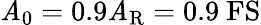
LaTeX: \mathit{A}_{0}=0.9\mathit{A}_{\mathrm{{R}}}=0.9~\mathrm{{FS}}